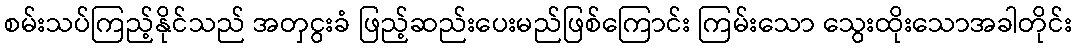
စမ်းသပ်ကြည့်နိုင်သည် အတှငွးခံ ဖြည့်ဆည်းပေးမည်ဖြစ်ကြောင်း ကြမ်းသော သွေးထိုးသောအခါတိုင်း